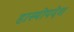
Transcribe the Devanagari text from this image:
हास्योपदेश